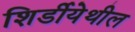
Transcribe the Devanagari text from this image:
शिर्डीयेथील